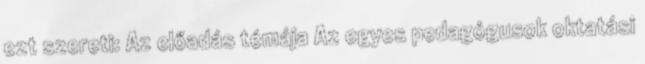
ezt szereti: Az előadás témája Az egyes pedagógusok oktatási